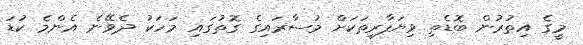
މީގެ އިތުރުން ބޮޑެތި ވިޔަފާރިތަކަށް މުސާރައިގެ ގޮތުގައި މަހަކު ދެވޭނެ އެންމެ ކުޑަ